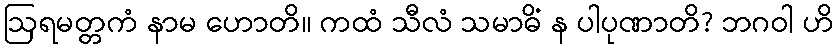
ဩရမတ္တကံ နာမ ဟောတိ။ ကထံ သီလံ သမာဓိံ န ပါပုဏာတိ? ဘဂဝါ ဟိ